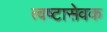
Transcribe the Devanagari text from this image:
त्वष्टासेवक